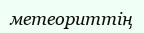
метеориттің